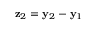
{ \bf z } _ { 2 } = { \bf y } _ { 2 } - { \bf y } _ { 1 }